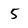
Character: 5